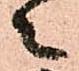
々